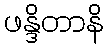
ဖန္ဒိတာနိ